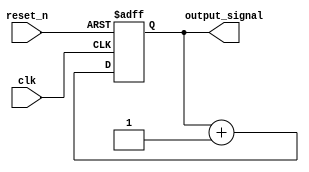
module async_reset_example (
    input wire clk,          // Clock signal
    input wire reset_n,     // Active-low asynchronous reset signal
    output reg output_signal // Primary output of the block
);

// Define the reset value
parameter RESET_VALUE = 0;

// Always block to handle asynchronous reset and clock-driven operations
always @(posedge clk or negedge reset_n) begin
    if (!reset_n) begin
        // Asynchronous reset: set output_signal to reset value
        output_signal <= RESET_VALUE;
    end else begin
        // Normal operation on rising edge of clk
        // Here you can define your logic for updating output_signal
        // For example, incrementing a counter or transitioning states
        // This is just a placeholder for your specific logic
        output_signal <= output_signal + 1; // Example logic
    end
end

endmodule